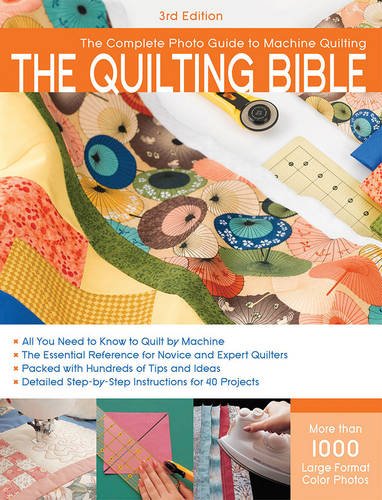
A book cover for The Quilting Bible, 3rd Edition: The Complete Photo Guide to Machine Quilting; Editors of CPi; Crafts, Hobbies & Home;